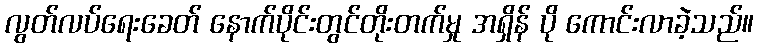
လွတ်လပ်ရေးခေတ် နောက်ပိုင်းတွင်တိုးတက်မှု အရှိန် ပို ကောင်းလာခဲ့သည်။